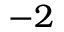
- 2